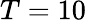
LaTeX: T=10